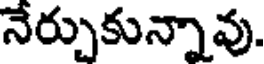
నేర్చుకున్నావు.